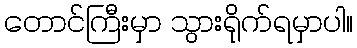
တောင်ကြီးမှာ သွားရိုက်ရမှာပါ။